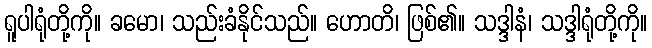
ရူပါရုံတို့ကို။ ခမော၊ သည်းခံနိုင်သည်။ ဟောတိ၊ ဖြစ်၏။ သဒ္ဒါနံ၊ သဒ္ဒါရုံတို့ကို။